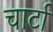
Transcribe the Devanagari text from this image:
चार्टा